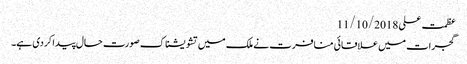
عظمت علی 11/10/2018
گجرات میں علاقائی منافرت نے ملک میں تشویشناک صورت حال پیدا کردی ہے۔